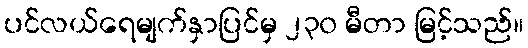
ပင်လယ်ရေမျက်နှာပြင်မှ ၂၃၀ မီတာ မြင့်သည်။